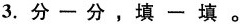
3.分一分，填一填。